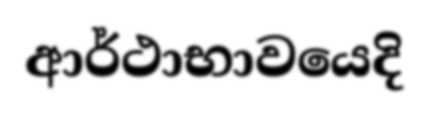
ආර්ථාභාවයෙදි